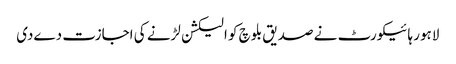
لاہور ہائیکورٹ نے صدیق بلوچ کو الیکشن لڑنے کی اجازت دےدی